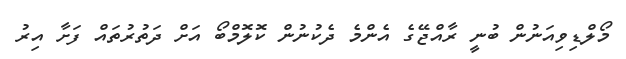
މޯލްޑިވިއަނުން ބުނީ ރާއްޖޭގެ އެންމެ ދެކުނުން ކޮލޮމްބޯ އަށް ދަތުރުތައް ފަށާ އިރު